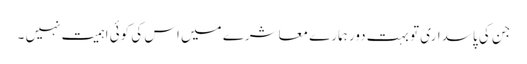
جن کی پاسداری تو بہت دور ہمارے معاشرے میں اس کی کوئی اہمیت نہیں ۔